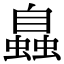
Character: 𧑉